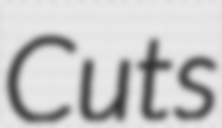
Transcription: Cuts